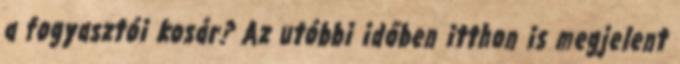
a fogyasztói kosár? Az utóbbi időben itthon is megjelent